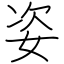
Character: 姿